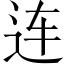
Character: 连